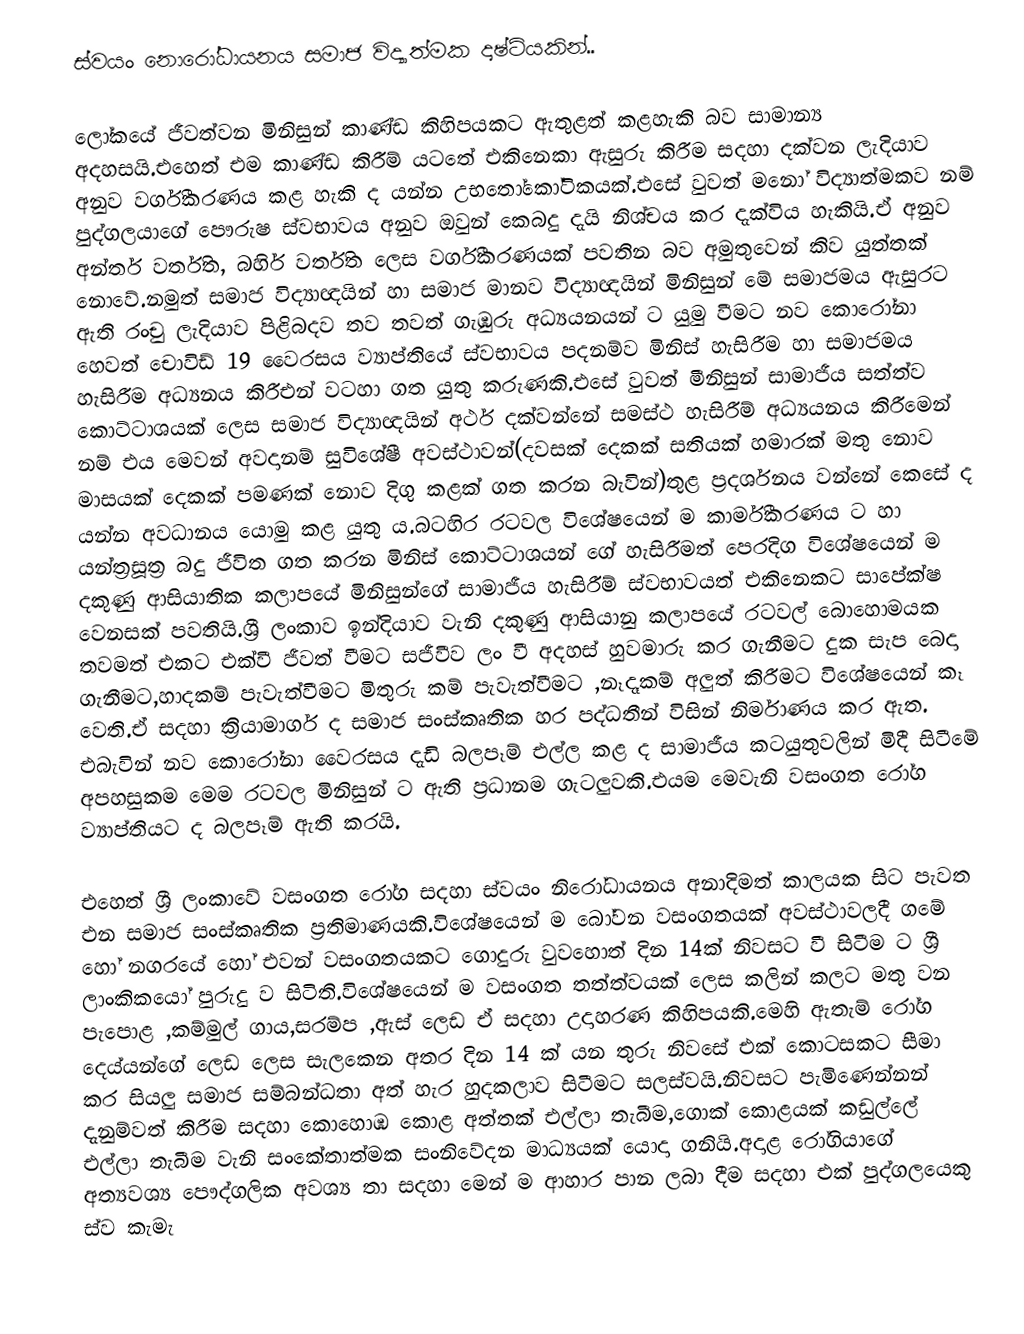
ස්වයං නොරෝධායනය සමාජ විද්‍යාත්මක දෘෂ්ටියකින්..

ලෝකයේ ජීවත්වන මිනිසුන් කාණ්ඩ කිහිපයකට ඇතුළත් කළහැකි බව සාමාන්‍ය අදහසයි.එහෙත් එම කාණ්ඩ කිරීම් යටතේ එකිනෙකා ඇසුරු කිරීම සදහා දක්වන ලැදියාව අනුව වර්ගීකරණය කළ හැකි ද යන්න උභ‍තෝකෝටිකයක්.එසේ වුවත් මනෝ විද්‍යාත්මකව නම් පුද්ගලයාගේ පෞරුෂ ස්වභාවය අනුව ඔවුන් කෙබදු දැයි නිශ්චය කර දැක්විය හැකියි.ඒ අනුව අන්තර් වර්තිත, බහිර් වර්තිත ලෙස වර්ගීකරණයක් පවතින බව අමුතුවෙන් කිව යුත්තක් නොවේ.නමුත් සමාජ විද්‍යාඥයින් හා සමාජ මානව විද්‍යාඥයින් මිනිසුන් මේ සමාජමය ඇසුරට ඇති රංචු ලැදියාව පිළිබදව තව තවත් ගැඹුරු අධ්‍යයනයන් ට යුමු වීමට නව කොරෝනා හෙවත් චොවිඩ් 19 වෛරසය ව්‍යාප්තියේ ස්වභාවය පදනම්ව මිනිස් හැසිරීම හා සමාජමය හැසිරීම අධ්‍යනය කිරීඑන් වටහා ගත යුතු කරුණකි.එසේ වුවත් මීනිසුන් සාමාජීය සත්ත්ව කොට්ටාශයක් ලෙස සමාජ විද්‍යාඥයින් අර්ථ දක්වන්නේ සමස්ථ හැසිරීම් අධ්‍යයනය කිරීමෙන් නම් එය මෙවන් අවදානම් සුවිශේෂී අවස්ථාවන්(දවසක් දෙකක් සතියක් හමාරක් මතු නොව මාසයක් දෙකක් පමණක් නොව දිගු කළක් ගත කරන බැවින්)තුළ ප්‍රදර්ශනය වන්නේ කෙසේ ද යන්න අවධානය යොමු කළ යුතු ය.බටහිර රටවල විශේෂයෙන් ම කාර්මීකරණය ට හා යන්ත්‍රසූත්‍ර බදු ජීවිත ගත කරන මිනිස් කොට්ටාශයන් ගේ හැසිරීමත් පෙරදිග විශේෂයෙන් ම දකුණු ආසියාතික කලාපයේ මිනිසුන්ගේ සාමාජීය හැසිරීම් ස්වභාවයත් එකිනෙකට සාපේක්ෂ වෙනසක් පවතියි.ශ්‍රී ලංකාව ඉන්දියාව වැනි දකුණු ආසියානු කලාපයේ රටවල් බොහොමයක තවමත් එකට එක්වී ජීවත් වීමට සජීවීව ලං වී අදහස් හුවමාරු කර ගැනීමට දුක සැප බෙදා ගැනීමට,හාදකම් පැවැත්වීමට මිතුරු කම් පැවැත්වීමට ,නෑදෑකම් අලුත් කිරීමට විශේෂයෙන් කෑ වෙති.ඒ සදහා ක්‍රියාමාර්ග ද සමාජ සංස්කෘතික හර පද්ධතීන් විසින් නිර්මාණය කර ඇත. එබැවින් නව කොරෝනා වෛරසය දැඩි බලපෑම් එල්ල කළ ද සාමාජීය කටයුතුවලින් මිදී සිටීමේ අපහසුකම මෙම රටවල මිනිසුන් ට ඇති ප්‍රධානම ගැටලුවකි.එයම මෙවැනි වසංගත රෝග ව්‍යාප්තියට ද බලපෑම් ඇති කරයි.

එහෙත් ශ්‍රී ලංකාවේ වසංගත රෝග සදහා ස්වයං නිරෝධායනය අනාදිමත් කාලයක සිට පැවත එන සමාජ සංස්කෘතික ප්‍රතිමාණයකි.විශේෂයෙන් ම බෝවන වසංගතයක් අවස්ථාවලදී ගමේ හෝ නගරයේ හෝ එවන් වසංගතයකට ගොදුරු වුවහොත් දින 14ක් නිවසට වී සිටීම ට ශ්‍රී ලාංකිකයෝ පුරුදු ව සිටිති.විශේෂයෙන් ම වසංගත තත්ත්වයක් ලෙස කලින් කලට මතු වන පැපොළ ,කම්මුල් ගාය,සරම්ප ,ඇස් ලෙඩ  ඒ සදහා උදාහරණ කිහිපයකි.මෙහි ඇතැම් රෝග දෙය්යන්ගේ ලෙඩ ලෙස සැලකෙන අතර දින 14 ක් යන තුරු නිවසේ එක් කොටසකට සීමා කර සියලු සමාජ සම්බන්ධතා අත් හැර හුදකලාව සිටීමට සලස්වයි.නිවසට පැමිණෙන්නන් දැනුම්වත් කිරීම සදහා කොහොඹ කොළ අත්තක් එල්ලා තැබීම,ගොක් කොළයක් කඩුල්ලේ එල්ලා තැබීම වැනි සංකේතාත්මක සංනිවේදන මාධ්‍යයක් යොදා ගනියි.අදාළ රෝගියාගේ අත්‍යවශ්‍ය පෞද්ගලික අවශ්‍ය තා සදහා මෙන් ම ආහාර පාන ලබා දීම සදහා එක් පුද්ගලයෙකු ස්ව කැමැ